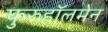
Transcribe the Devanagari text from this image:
फुरुहॉलमेन